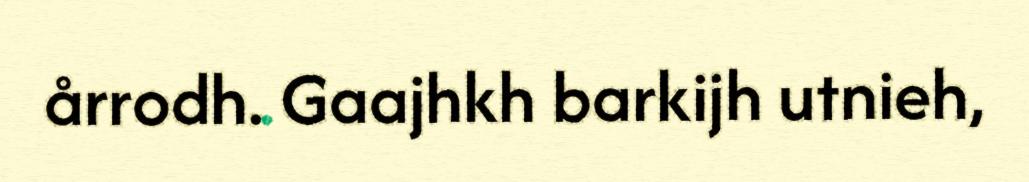
årrodh. Gaajhkh barkijh utnieh,